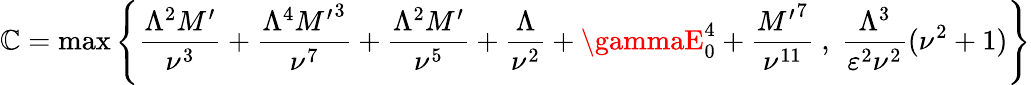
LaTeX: \mathbb{C}=\operatorname*{max}{\left\{ \frac{{\Lambda^{2}M^{\prime}}}{{\nu^{3}}}+\frac{{\Lambda^{4}{M^{\prime}}^{3}}}{{\nu^{7}}}+\frac{{\Lambda^{2}M^{\prime}}}{{\nu^{5}}}+\frac{{\Lambda}}{{\nu^{2}}}+\gammaE_{0}^{4}+\frac{{{M^{\prime}}^{7}}}{{\nu^{11}}}\ ,\ \frac{{\Lambda^{3}}}{{\varepsilon^{2}\nu^{2}}}(\nu^{2}+1)\right\} }